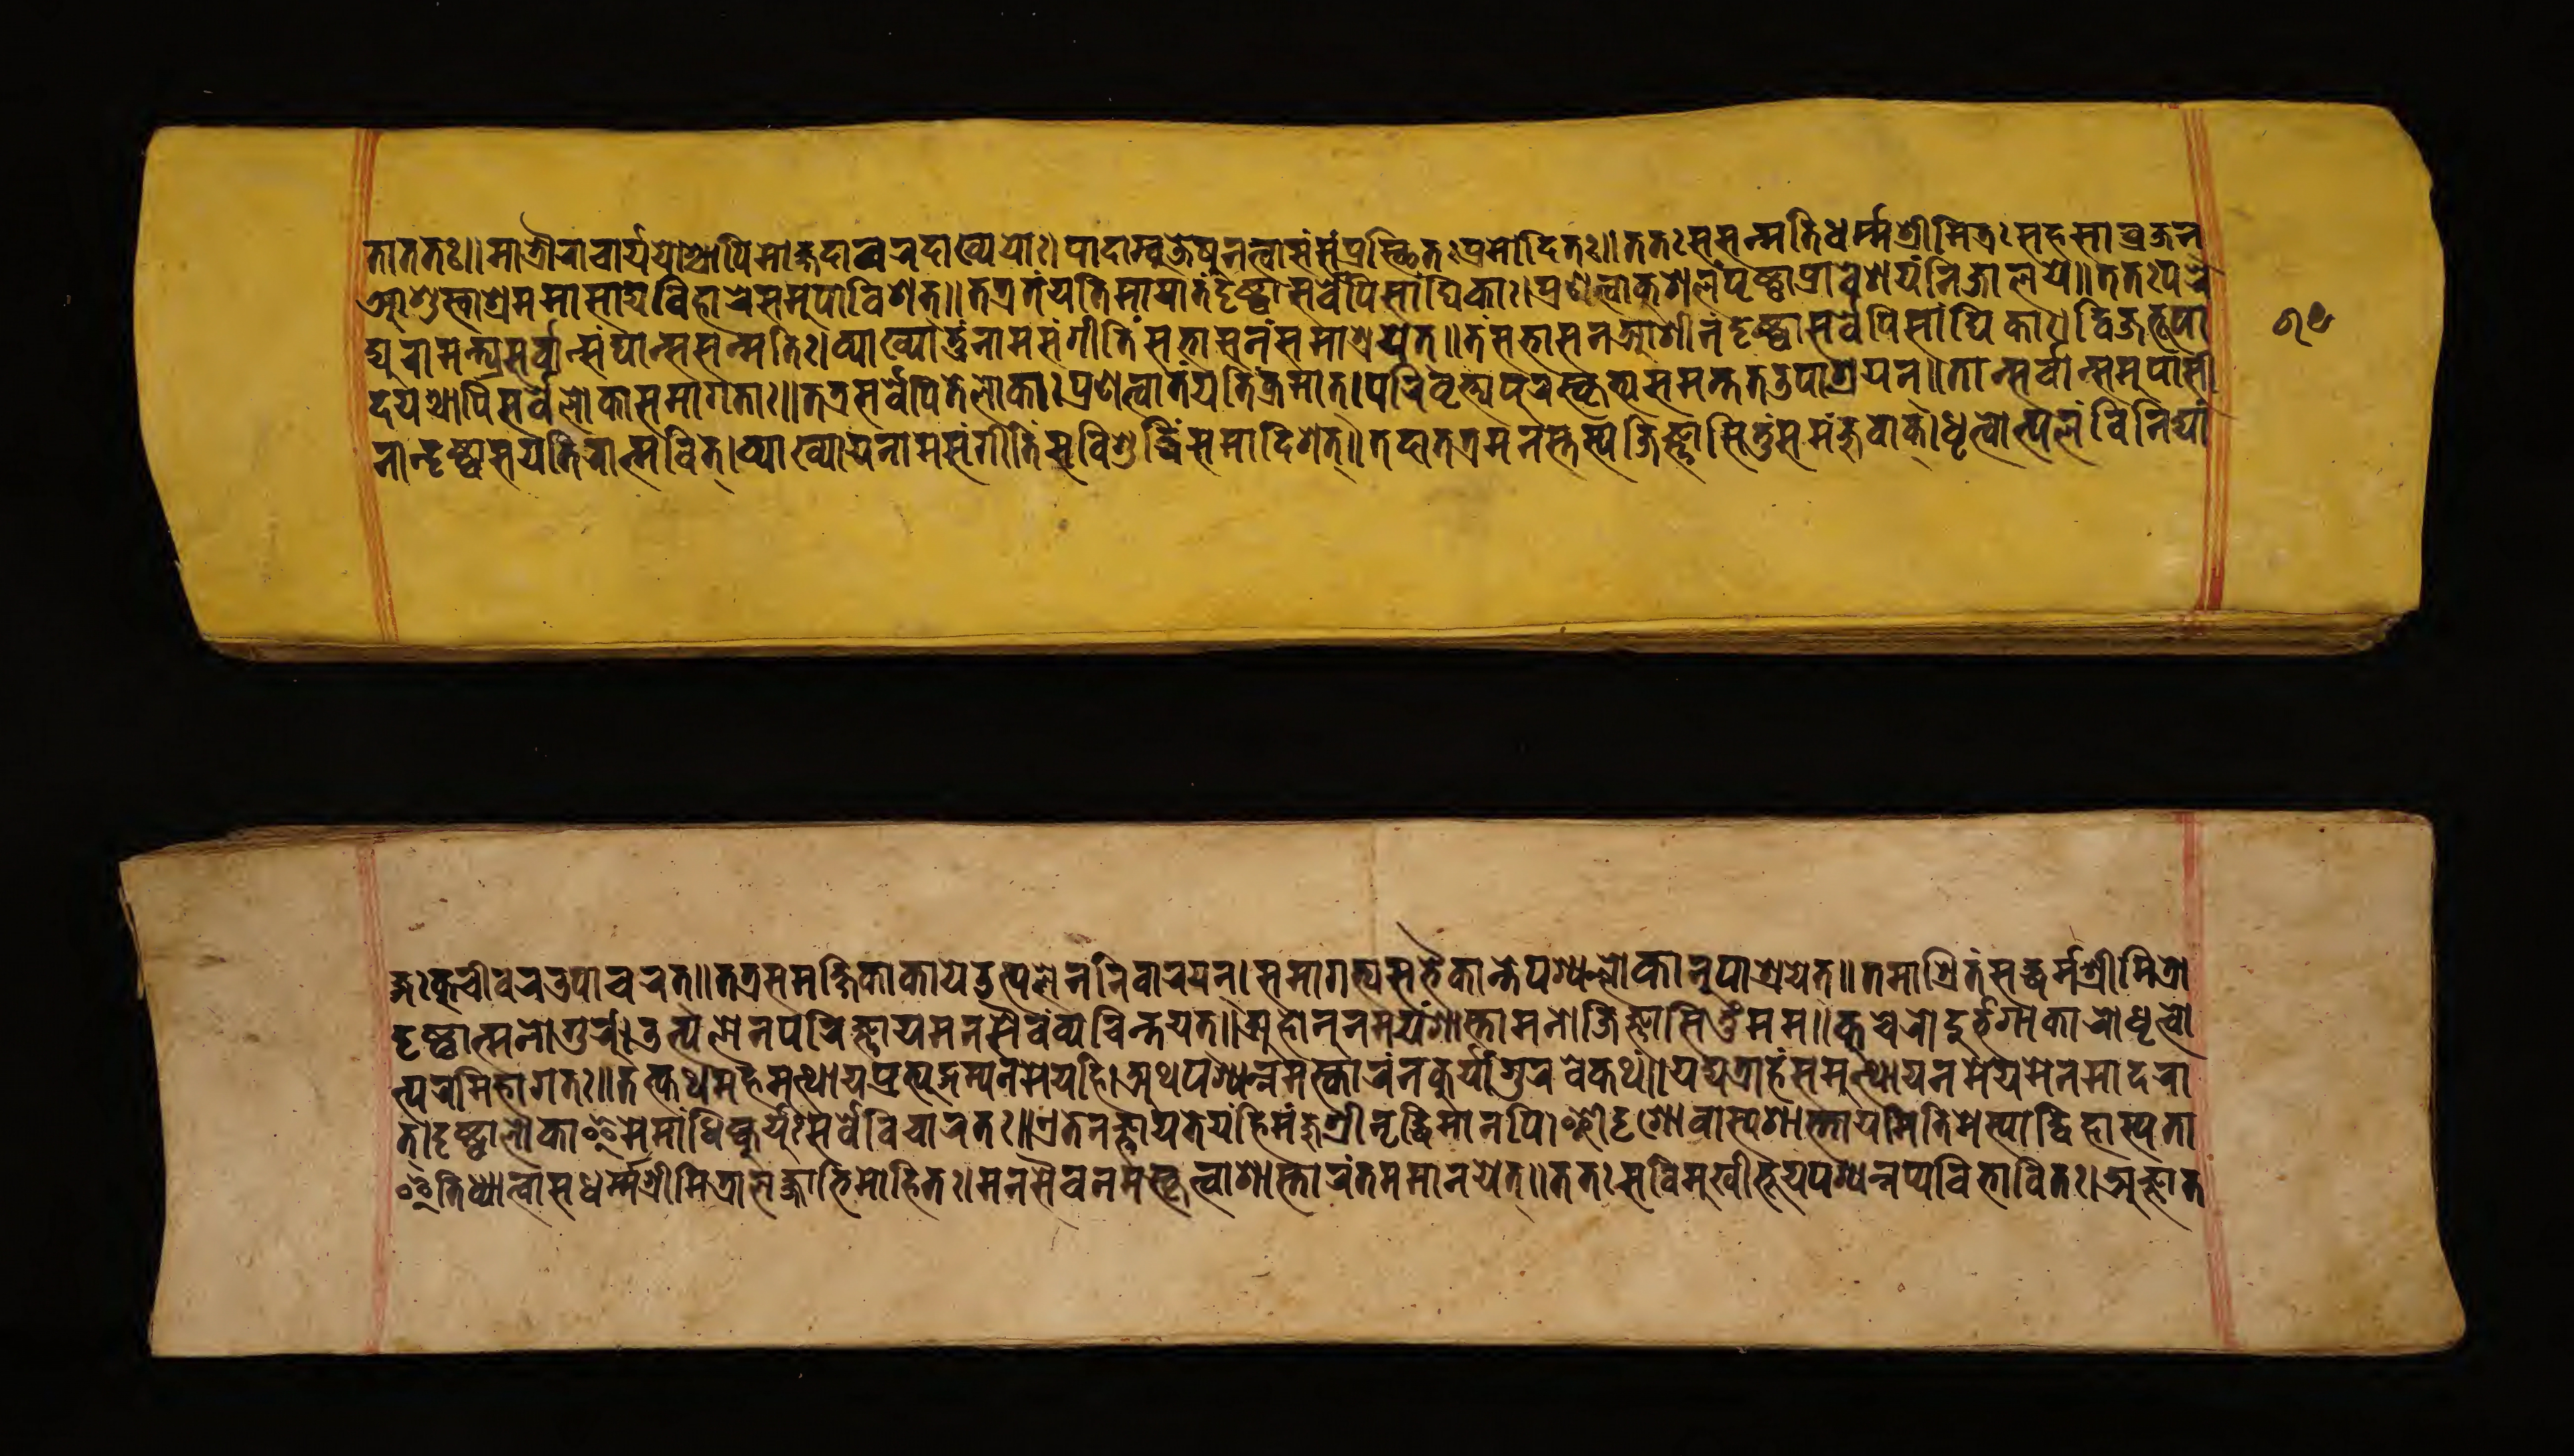
𑐟𑑀𑐟𑐟𑑅𑑌𑐩𑐵𑐟𑑂𑐬𑑀𑐬𑐵𑐔𑐵𑐬𑑂𑐫𑐫𑐵𑐱𑑂𑐔𑐵𑐥𑐶𑐩𑑀𑐎𑑂𑐲𑐡𑐵𑐰𑐬𑐡𑐵𑐏𑑂𑐫𑐫𑑀𑑅𑑋𑐥𑐵𑐡𑐵𑐩𑑂𑐰𑐸𑐖𑐾𑐲𑐸𑐳𑑄𑐣𑐟𑑂𑐰𑐵𑐳𑑄𑐥𑑂𑐬𑐳𑑂𑐠𑐶𑐟𑑅𑐥𑑂𑐬𑐩𑑀𑐡𑐶𑐟𑑅𑑌𑐟𑐟𑑅𑐳𑐳𑐣𑑂𑐩𑐟𑐶𑐢𑐬𑑂𑐩𑑂𑐩𑐱𑑂𑐬𑐷𑐩𑐶𑐟𑑂𑐬𑑅𑐳𑐴𑐳𑐵𑐰𑑂𑐬𑐖𑐣𑑂 𑐁𑐱𑐸𑐳𑑂𑐰𑐵𑐱𑑂𑐬𑐩𑐩𑐵𑐳𑐵𑐡𑑂𑐫𑐰𑐶𑐴𑐵𑐬𑑄𑐳𑐩𑐸𑐥𑐵𑐰𑐶𑐱𑐟𑑂𑑌𑐟𑐟𑑂𑐬𑐟𑑄𑐫𑐟𑐶𑐩𑐵𑐫𑐵𑐟𑑄𑐡𑐺𑐲𑑂𑐚𑑂𑐰𑐵𑐳𑐬𑑂𑐰𑐾𑑇𑐥𑐶𑐳𑐵𑑄𑐑𑐶𑐎𑐵𑑅𑑋𑐥𑑂𑐬𑐞𑐟𑑂𑐰𑐵𑐎𑐸𑐱𑐮𑑄𑐥𑐺𑐲𑑂𑐚𑐰𑐵𑐥𑑂𑐬𑐰𑐾𑐱𑐫𑐣𑑂𑐣𑐶𑐖𑐵𑐮𑐫𑐾𑑌𑐟𑐟𑑅𑐥𑐬𑐾 𑐡𑑂𑐫𑐸𑐬𑐵𑐩𑐣𑑂𑐟𑑂𑐬𑐫𑐳𑐬𑑂𑐰𑐵𑐣𑑂𑐳𑑄𑐑𑐵𑐣𑑂𑐳𑐳𑐣𑑂𑐩𑐟𑐶𑑅𑑋𑐰𑑂𑐫𑐵𑐏𑑂𑐫𑐵𑐟𑐸𑑄𑐣𑐵𑐩𑐳𑑄𑐐𑐷𑐟𑐶𑐳𑐨𑐵𑐳𑐣𑑄𑐳𑐩𑐵𑐱𑑂𑐬𑐫𑐟𑑂𑑌𑐟𑑄𑐳𑐨𑐵𑐳𑐣𑐩𑐵𑐳𑐷𑐣𑑄𑐡𑐺𑐲𑑂𑐚𑑂𑐰𑐵𑐳𑐬𑑂𑐰𑐾𑐥𑐶𑐳𑐵𑑄𑐢𑐶𑐎𑐵𑑅𑑋𑐡𑐶𑐰𑑂𑐖𑐨𑐹𑐥𑐵 𑐡𑐫𑐱𑑂𑐔𑐵𑐥𑐶𑐳𑐬𑑂𑐰𑐾𑐮𑑀𑐎𑐵𑑅𑐳𑐩𑐵𑐐𑐟𑐵𑑅𑑌𑐟𑐟𑑂𑐬𑐳𑐬𑑂𑐰𑐾𑐥𑐶𑐟𑐾𑐮𑑀𑐎𑐵𑑅𑐥𑑂𑐬𑐞𑐟𑑂𑐰𑐵𑐟𑑄𑐫𑐟𑐶𑐎𑑂𑐬𑐩𑐵𑐟𑑂𑑋𑐥𑐬𑐶𑐰𑐺𑐟𑑂𑐫𑐥𑐸𑐬𑐳𑑂𑐎𑐺𑐟𑑂𑐫𑐳𑐩𑐣𑑂𑐟𑐟𑑁𑐥𑐵𑐱𑑂𑐬𑐫𑐣𑑂𑑌𑐟𑐵𑐣𑑂𑐳𑐬𑑂𑐰𑐵𑐣𑑂𑐳𑐩𑐸𑐥𑐵𑐳𑐷 𑐣𑐵𑐣𑑂𑐡𑐺𑐲𑑂𑐚𑑂𑐰𑐵𑐳𑐫𑐟𑐶𑐬𑐵𑐟𑑂𑐩𑐰𑐶𑐟𑑂𑑋𑐰𑑂𑐫𑐵𑐏𑑂𑐫𑐵𑐫𑐣𑐵𑐩𑐳𑑄𑐐𑐷𑐟𑐶𑑄𑐳𑐰𑐶𑐱𑐸𑐡𑑂𑐢𑐶𑐳𑐩𑐵𑐡𑐶𑐱𑐟𑑂𑑌𑐟𑐡𑐵𑐟𑐟𑑂𑐬𑐩𑐣𑐳𑑂𑐟𑐳𑑂𑐫𑐖𑐶𑐖𑑂𑐘𑐵𑐳𑐶𑐟𑐸𑑄𑐳𑐩𑐘𑑂𑐖𑐸𑐰𑐵𑐎𑑂𑑋𑐢𑐺𑐟𑑂𑐰𑑀𑐟𑑂𑐥𑐮𑑄𑐰𑐶𑐣𑐶𑐡𑑂𑐫𑐵𑑄 𑐐𑑅𑐎𑐸𑐔𑐷𑐰𑐬𑐩𑐸𑐥𑐵𑐔𑐬𑐟𑑂𑑌𑐟𑐟𑑂𑐬𑐳𑐩𑐎𑑂𑐲𑐶𑐎𑐵𑐣𑑂𑐎𑐵𑐫𑐾𑐄𑐟𑑂𑐥𑐮𑐾𑐣𑐣𑐶𑐰𑐵𑐬𑐫𑐣𑑂𑑋𑐳𑐩𑐵𑐐𑐟𑑂𑐫𑐳𑐨𑐿𑐎𑐵𑐣𑑂𑐟𑐾𑐥𑐱𑑂𑐫𑐮𑑂𑐮𑑀𑐎𑐵𑐣𑐸𑐥𑐵𑐱𑑂𑐬𑐫𑐾𑐟𑑂𑑌𑐟𑐩𑐵𑐱𑑂𑐬𑐶𑐟𑑄𑐳𑐢𑐬𑑂𑐩𑑂𑐩𑐱𑑂𑐬𑐷𑐩𑐶𑐟𑑂𑐬𑑀 𑐡𑐺𑐲𑑂𑐚𑑂𑐰𑐵𑐟𑑂𑐩𑐣𑐵𑐐𑐸𑐬𑐸𑑄𑑋𑐄𑐟𑑂𑐥𑐮𑐾𑐣𑐥𑐬𑐶𑐖𑑂𑐘𑐵𑐫𑐩𑐣𑐳𑐿𑐰𑑄𑐰𑑂𑐫𑐔𑐶𑐣𑑂𑐟𑐫𑐟𑑂𑑌𑐀𑐴𑑀𑐣𑐹𑐣𑐩𑐫𑑄𑐱𑐵𑐳𑑂𑐟𑐵𑐩𑐣𑑀𑐖𑐶𑐖𑑂𑐘𑐵𑐳𑐶𑐟𑐸𑑄𑐩𑐩𑑌𑐎𑐸𑐔𑐬𑐵𑐡𑐸𑐬𑑂𑐨𑐐𑐵𑐎𑐵𑐬𑑀𑐢𑐺𑐟𑑂𑐰𑑀 𑐟𑑂𑐥𑐮𑐩𑐶𑐴𑐵𑐐𑐟𑑅𑑌𑐟𑐟𑑂𑐎𑐠𑐩𑐴𑐩𑐸𑐟𑑂𑐠𑐵𑐫𑐥𑑂𑐬𑐟𑑂𑐫𑐸𑐒𑑂𑐐𑐩𑑂𑐫𑐣𑐩𑐾𑐫𑐴𑐶𑑋𑐀𑐠𑐥𑐱𑑂𑐫𑐣𑑂𑐣𑐩𑐳𑑂𑐎𑐵𑐬𑑄𑐣𑐎𑐸𑐬𑑂𑐫𑐵𑑅𑐐𑐸𑐬𑐰𑐾𑐎𑐠𑑄𑑌𑐫𑐡𑑂𑐫𑐟𑑂𑐬𑐵𑐴𑑄𑐳𑐩𑐸𑐟𑑂𑐠𑐵𑐫𑐣𑐩𑐾𑐫𑐩𑐾𑐣𑐩𑐵𑐡𑐬𑐵 𑐟𑑂𑑋𑐡𑐺𑐲𑑂𑐚𑑂𑐰𑐵𑐮𑑀𑐎𑐵𑐂𑐩𑐾𑐩𑐵𑑄𑐢𑐶𑐎𑑂𑐎𑐸𑐬𑑂𑐫𑐸𑑅𑐳𑐬𑑂𑐰𑐾𑐰𑐶𑐔𑐵𑐬𑐟𑑅𑑌𑐊𑐟𑐾𑐣𑐖𑑂𑐘𑐵𑐫𑐟𑐾𑐫𑑄𑐴𑐶𑐩𑐘𑑂𑐖𑐸𑐱𑑂𑐬𑐷𑐆𑐡𑑂𑐢𑐶𑐩𑐵𑐣𑐥𑐶𑑋𑐃𑐡𑐺𑐐𑐾𑐰𑐵𑐳𑑂𑐫𑐱𑐵𑐳𑑂𑐟𑐵𑐫𑑄𑐩𑐶𑐟𑐶𑐩𑐾𑐳𑑂𑐫𑐵𑐡𑑂𑐰𑐶𑐴𑐵𑐳𑑂𑐫𑐟𑐵 𑐂𑐟𑐶𑐢𑑂𑐫𑐵𑐟𑑂𑐰𑐵𑐳𑐢𑐬𑑂𑐩𑑂𑐩𑐱𑑂𑐬𑐷𑐩𑐶𑐟𑑂𑐬𑑀𑐮𑐖𑑂𑐖𑐵𑐨𑐶𑐩𑑀𑐴𑐶𑐟𑑅𑑋𑐩𑐣𑐳𑐿𑐰𑑄𑐣𑐩𑐳𑑂𑐎𑐺𑐟𑑂𑐰𑐵𑐱𑐵𑐳𑑂𑐟𑐵𑐬𑐣𑑂𑐟𑐩𑐩𑐵𑐣𑐫𑐾𑐟𑑂𑑌𑐟𑐟𑑅𑐳𑐰𑐶𑐩𑐸𑐏𑐷𑐨𑐹𑐫𑐥𑐱𑑂𑐫𑐣𑑂𑐣𑐥𑑂𑐫𑐰𑐶𑐨𑐵𑐰𑐶𑐟𑑅𑑋𑐀𑐖𑑂𑐘𑐵𑐟 𑑖𑑕